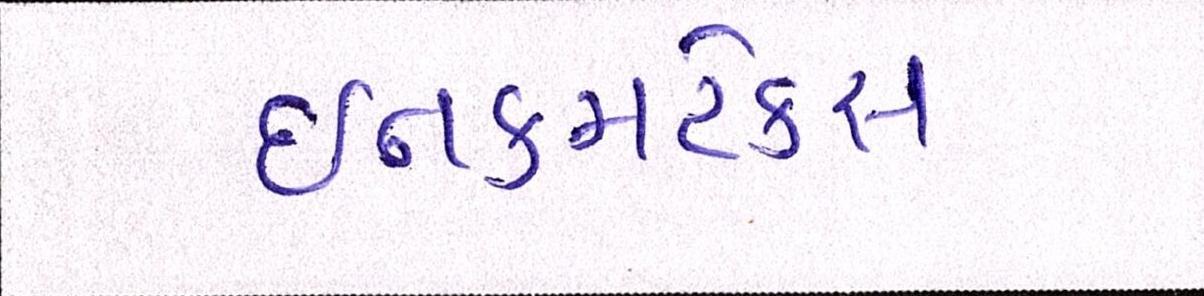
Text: ઈનકમટેક્સ